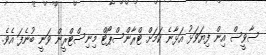
ސާވީސް އިން ފިޔަވަޅު އަޅާނެ ކަމަށް ޓްރާންސްޕޯޓް މިނިސްޓްރީން ވަނީ ބުނެފަ އެވެ.